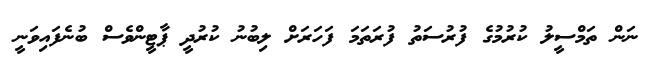
ނަން ތަމްސީލު ކުރުމުގެ ފުރުސަތު ފުރަތަމަ ފަހަރަށް ލިބުނު ކުރުދީ ޕާޓީންވެސް ބުނެފައިވަނީ